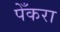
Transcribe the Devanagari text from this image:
पेँकरा